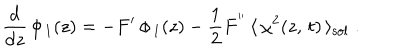
LaTeX: \frac { \mathrm { d } } { \mathrm { d } z } \, \phi _ { \, 1 } ( z ) = - F ^ { \prime } \, \phi _ { \, 1 } ( z ) - { \frac { 1 } { 2 } } F ^ { ' ^ { \prime } } \, \langle \, \chi ^ { 2 } ( z , \, t ) \, \rangle _ { \mathrm { s o l } } \; .